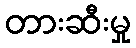
တားဆီးမှု